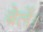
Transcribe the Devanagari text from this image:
बेलें।